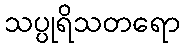
သပ္ပုရိသတရော